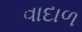
વાદાળ